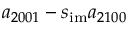
a _ { 2 0 0 1 } - s _ { \mathrm { i m } } a _ { 2 1 0 0 }